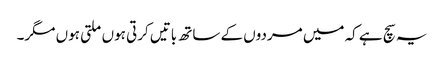
یہ سچ ہے کہ میں مردوں کے ساتھ باتیں کرتی ہوں ملتی ہوں مگر۔